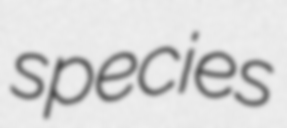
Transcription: species